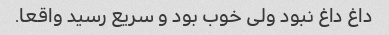
داغ داغ نبود ولی خوب بود و سریع رسید واقعا.